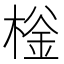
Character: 𰘌